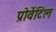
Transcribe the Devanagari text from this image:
प्रोवेंटिल